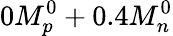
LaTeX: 0M_{p}^{0}+0.4M_{n}^{0}